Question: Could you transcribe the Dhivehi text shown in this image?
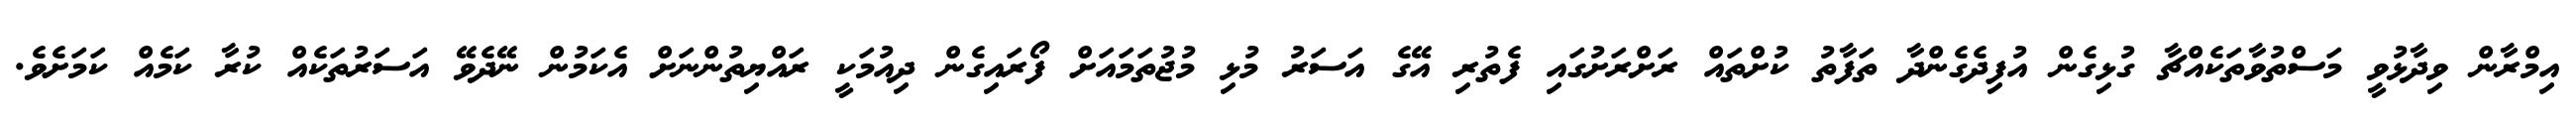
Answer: އިމްރާން ވިދާޅުވީ މަސްތުވާތަކެއްޗާ ގުޅިގެން އުފިދެގެންދާ ތަފާތު ކުށްތައް ރަށްރަށުގައި ފެތުރި އޭގެ އަސަރު މުޅި މުޖުތަމައަށް ފޯރައިގެން ދިއުމަކީ ރައްޔިތުންނަށް އެކަމުން ނޭދެވޭ އަސަރުތަކެއް ކުރާ ކަމެއް ކަމަށެވެ.